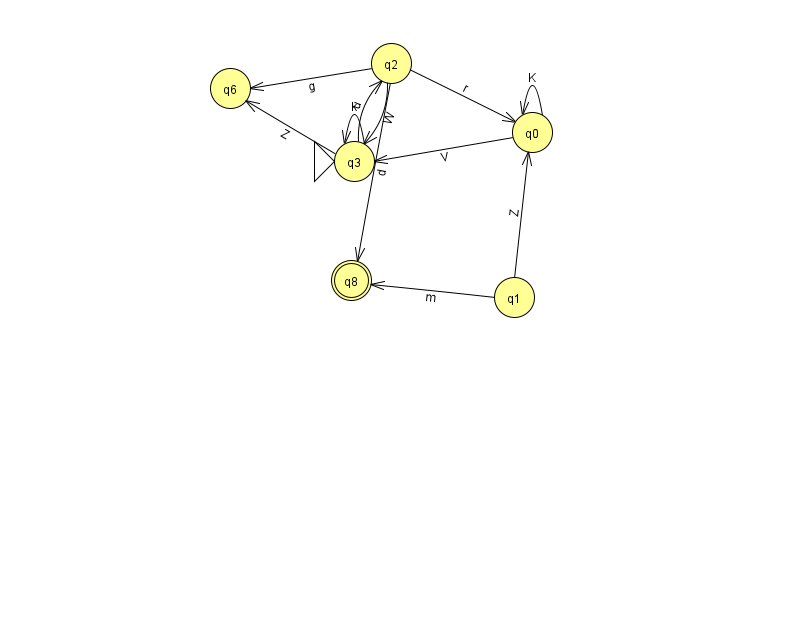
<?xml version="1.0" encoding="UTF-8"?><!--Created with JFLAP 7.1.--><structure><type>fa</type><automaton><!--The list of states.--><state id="0" name="q0"><x>532.0</x><y>119.0</y></state><state id="1" name="q1"><x>514.0</x><y>284.0</y></state><state id="2" name="q2"><x>391.0</x><y>50.0</y></state><state id="3" name="q3"><x>354.0</x><y>148.0</y><initial/></state><state id="6" name="q6"><x>230.0</x><y>75.0</y></state><state id="8" name="q8"><x>351.0</x><y>267.0</y><final/></state><!--The list of transitions.--><transition><from>1</from><to>8</to><read>m</read></transition><transition><from>2</from><to>0</to><read>r</read></transition><transition><from>0</from><to>3</to><read>V</read></transition><transition><from>1</from><to>0</to><read>Z</read></transition><transition><from>3</from><to>2</to><read>u</read></transition><transition><from>2</from><to>8</to><read>d</read></transition><transition><from>2</from><to>3</to><read>W</read></transition><transition><from>0</from><to>0</to><read>K</read></transition><transition><from>3</from><to>3</to><read>k</read></transition><transition><from>2</from><to>6</to><read>g</read></transition><transition><from>3</from><to>6</to><read>Z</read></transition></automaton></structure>